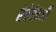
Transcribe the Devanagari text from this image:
रेषेऐवजी